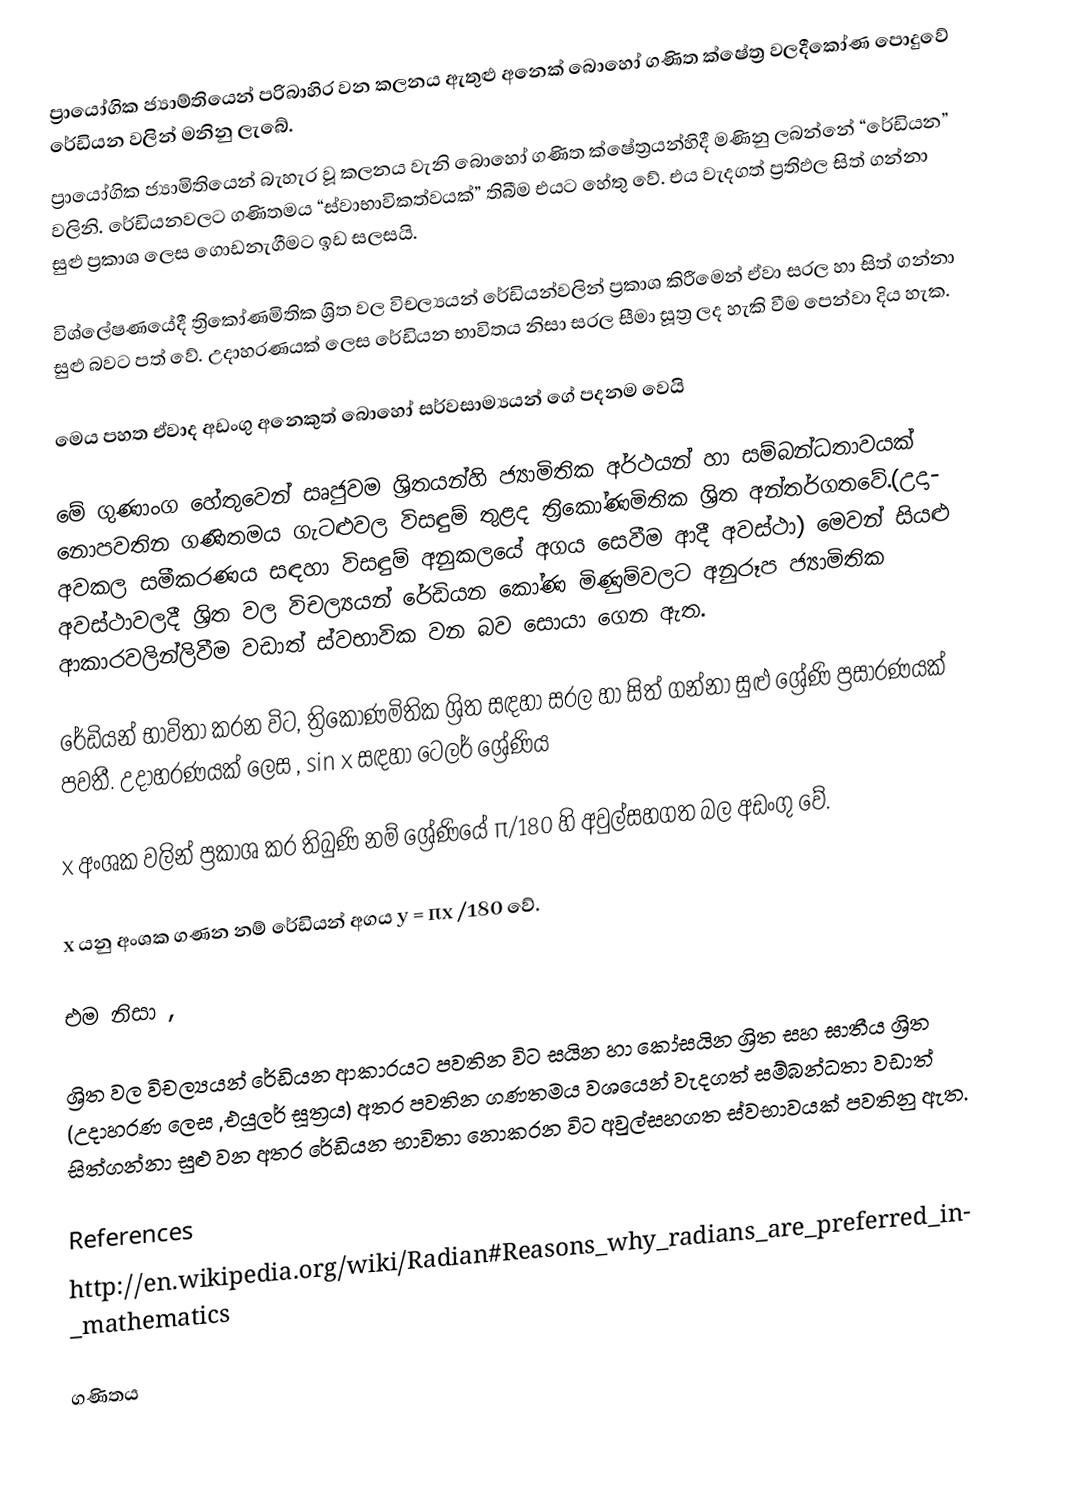
ප්‍රායෝගික ජ්‍යාම්තියෙන් පරිබාහිර වන කලනය ඇතුළු අනෙක් බොහෝ ගණිත ක්ෂේත්‍ර වලදීකෝණ පොදුවේ රේඩියන වලින් මනිනු ලැබේ.
ප්‍රායෝගික ජ්‍යාමිතියෙන් බැහැර වූ කලනය වැනි බොහෝ ගණිත ක්‍‍ෂේත්‍රයන්හිදී  මණිනු ලබන්නේ “රේඩියන” වලිනි. රේඩියනවලට ගණිතමය “ස්වාභාවිකත්වයක්” තිබීම එයට හේතු වේ. එය වැදගත් ප්‍රතිඵල සිත් ගන්නා සුළු ප්‍රකාශ ලෙස ගොඩනැගීමට ඉඩ සලසයි.

විශ්ලේෂණයේදී ත්‍රිකෝණමිතික ශ්‍රිත වල විචල්‍යයන් රේඩියන්වලින් ප්‍රකාශ කිරීමෙන්  ඒවා සරල හා සිත් ගන්නා සුළු බවට පත් වේ. උදාහරණයක් ලෙස  රේඩියන භාවිතය නිසා සරල සීමා සූත්‍ර ලද හැකි වීම පෙන්වා දිය හැක.

මෙය පහත ඒවාද අඩංගු අනෙකුත් බොහෝ සර්වසාම්‍යයන් ගේ පදනම වෙයි

මේ ගුණාංග හේතුවෙන් සෘජුවම ශ්‍රිතයන්හි ජ්‍යාමිතික අර්ථයන් හා සම්බන්ධතාවයක් නොපවතින ගණිතමය ගැටළුවල විසඳුම් තුළද ත්‍රිකෝණමිතික ශ්‍රිත අන්තර්ගතවේ.(උදා-  අවකල සමීකරණය සඳහා විසඳුම්   අනුකලයේ අගය සෙවීම ආදී අවස්ථා) මෙවන් සියළු අවස්ථාවලදී ශ්‍රිත වල විචල්‍යයන් රේඩියන කෝණ මිණුම්වලට අනුරූප ජ්‍යාමිතික ආකාරවලින්ලිවීම වඩාත් ස්වභාවික වන බව සොයා ගෙන ඇත.

රේඩියන් භාවිතා කරන විට, ත්‍රිකෝණමිතික ශ්‍රිත සඳහා සරල හා සිත් ගන්නා සුළු ශ්‍රේණි ප්‍රසාරණයක් පවතී. උදාහරණයක් ලෙස , sin x සඳහා ටෙලර් ශ්‍රේණිය

x  අංශක වලින් ප්‍රකාශ කර තිබුණි නම් ශ්‍රේණියේ  π/180 හි  අවුල්සහගත බල අඩංගු වේ.

x යනු අංශක ගණන  නම් රේඩියන් අගය  y = πx /180 වේ.

එම නිසා ,

ශ්‍රිත වල විචල්‍යයන් රේඩියන ආකාරයට පවතින විට සයින හා‍ කෝසයින ශ්‍රිත සහ ඝාතීය ශ්‍රිත  (උදාහරණ ලෙස ,එයුලර් සූත්‍රය)  අතර පවතින ගණතමය වශයෙන් වැදගත් සම්බන්ධතා වඩාත් සිත්ගන්නා සුළු වන අතර රේඩියන භාවිතා නොකරන විට අවුල්සහගත ස්වභාවයක් පවතිනු ඇත.

References
http://en.wikipedia.org/wiki/Radian#Reasons_why_radians_are_preferred_in_mathematics

 ගණිතය